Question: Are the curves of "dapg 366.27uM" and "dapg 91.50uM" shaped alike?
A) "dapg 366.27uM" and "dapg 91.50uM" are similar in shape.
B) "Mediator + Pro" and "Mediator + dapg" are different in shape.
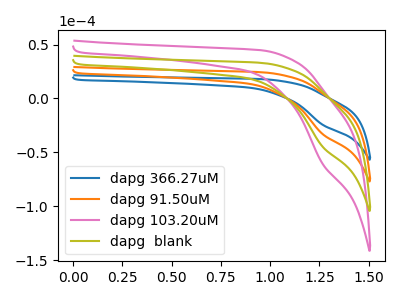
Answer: <think>The blue curve "dapg 366.27uM" has a cathodic peak at: (1.25V, -24.35uA). The orange curve "dapg 91.50uM" has a cathodic peak at: (1.25V, -33.00uA). The pink curve "dapg 103.20uM" has a cathodic peak at: (1.25V, -98.95uA). The olive curve "dapg  blank" has a cathodic peak at: (1.25V, -65.95uA).
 All the peaks in "dapg 366.27uM" have a peak in "dapg 91.50uM" at the same potential. Every peak in "dapg 366.27uM" is lower than every peak in "dapg 91.50uM".</think>
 <answer>A) "dapg 366.27uM" and "dapg 91.50uM" are similar in shape.</answer>
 <eval>A</eval>